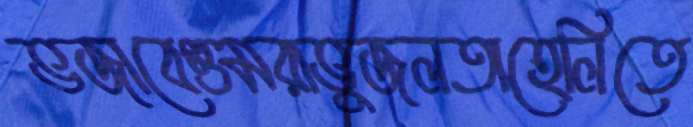
ভজাবেগুমরাভুজলতাহেলিতে